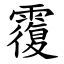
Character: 䨱